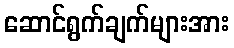
ဆောင်ရွက်ချက်များအား